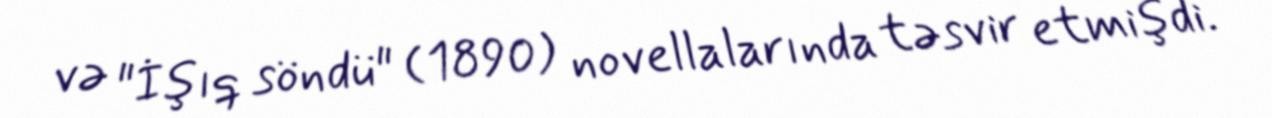
və "İşıq söndü" (1890) novellalarında təsvir etmişdi.